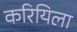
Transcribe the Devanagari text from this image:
करियिला